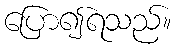
ပြော၍ရသည်။